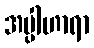
အပ္ပါဟာရာ